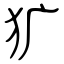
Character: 犷